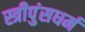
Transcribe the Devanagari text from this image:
स्त्रीपुंसधर्म